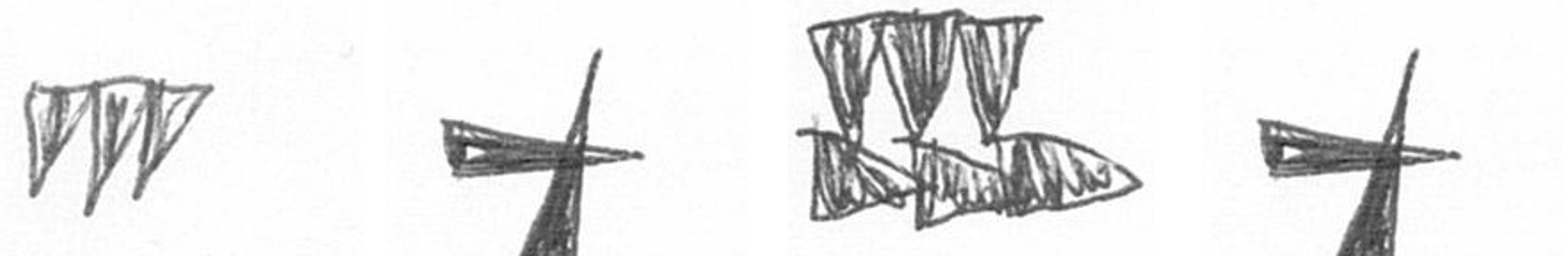
L G D G